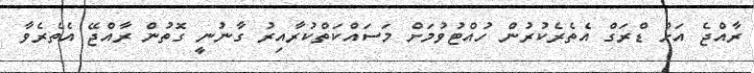
ރާއްޖެ އަށް ޑްރަގް އެތެރެކުރުން ހުއްޓުވުމަށް މަސައްކަތްކުރާއިރު ގާނުނީ ގޮތުން ރާއްޖޭ އެތެރެވާ